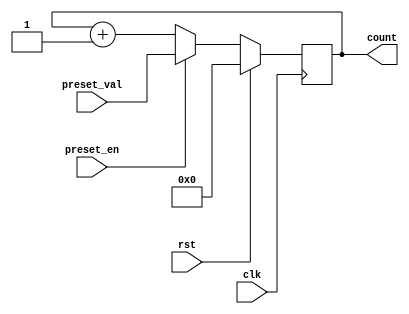
module presettable_counter (
    input wire clk,               // Clock signal
    input wire rst,               // Reset signal (active high)
    input wire preset_en,         // Preset enable signal
    input wire [7:0] preset_val,  // Preset value (8-bit wide)
    output reg [7:0] count        // Current count value (8-bit wide)
);

    // Always block for synchronous operations
    always @(posedge clk) begin
        if (rst) begin
            // Reset the counter to zero
            count <= 8'b0;
        end else if (preset_en) begin
            // Load the preset value into the counter
            count <= preset_val;
        end else begin
            // Increment the counter in normal mode
            count <= count + 1;
        end
    end

endmodule